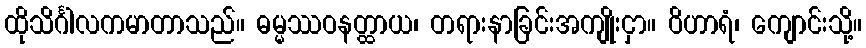
ထိုသိင်္ဂါလကမာတာသည်။ ဓမ္မဿဝနတ္ထာယ၊ တရားနာခြင်းအကျိုးငှာ။ ဝိဟာရံ၊ ကျောင်းသို့။